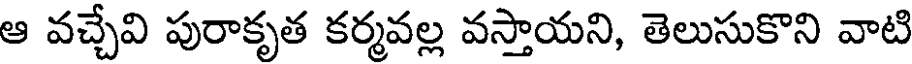
ఆ వచ్చేవి పురాకృత కర్మవల్ల వస్తాయని, తెలుసుకొని వాటి